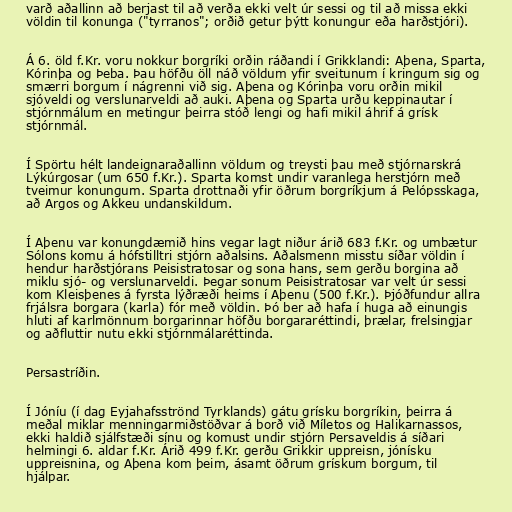
varð aðallinn að berjast til að verða ekki velt úr sessi og til að missa ekki
völdin til konunga ("tyrranos"; orðið getur þýtt konungur eða harðstjóri).

Á 6. öld f.Kr. voru nokkur borgríki orðin ráðandi í Grikklandi: Aþena, Sparta,
Kórinþa og Þeba. Þau höfðu öll náð völdum yfir sveitunum í kringum sig og
smærri borgum í nágrenni við sig. Aþena og Kórinþa voru orðin mikil
sjóveldi og verslunarveldi að auki. Aþena og Sparta urðu keppinautar í
stjórnmálum en metingur þeirra stóð lengi og hafi mikil áhrif á grísk
stjórnmál.

Í Spörtu hélt landeignaraðallinn völdum og treysti þau með stjórnarskrá
Lýkúrgosar (um 650 f.Kr.). Sparta komst undir varanlega herstjórn með
tveimur konungum. Sparta drottnaði yfir öðrum borgríkjum á Pelópsskaga,
að Argos og Akkeu undanskildum.

Í Aþenu var konungdæmið hins vegar lagt niður árið 683 f.Kr. og umbætur
Sólons komu á hófstilltri stjórn aðalsins. Aðalsmenn misstu síðar völdin í
hendur harðstjórans Peisistratosar og sona hans, sem gerðu borgina að
miklu sjó- og verslunarveldi. Þegar sonum Peisistratosar var velt úr sessi
kom Kleisþenes á fyrsta lýðræði heims í Aþenu (500 f.Kr.). Þjóðfundur allra
frjálsra borgara (karla) fór með völdin. Þó ber að hafa í huga að einungis
hluti af karlmönnum borgarinnar höfðu borgararéttindi, þrælar, frelsingjar
og aðfluttir nutu ekki stjórnmálaréttinda.

Persastríðin.

Í Jóníu (í dag Eyjahafsströnd Tyrklands) gátu grísku borgríkin, þeirra á
meðal miklar menningarmiðstöðvar á borð við Míletos og Halikarnassos,
ekki haldið sjálfstæði sínu og komust undir stjórn Persaveldis á síðari
helmingi 6. aldar f.Kr. Árið 499 f.Kr. gerðu Grikkir uppreisn, jónísku
uppreisnina, og Aþena kom þeim, ásamt öðrum grískum borgum, til
hjálpar.